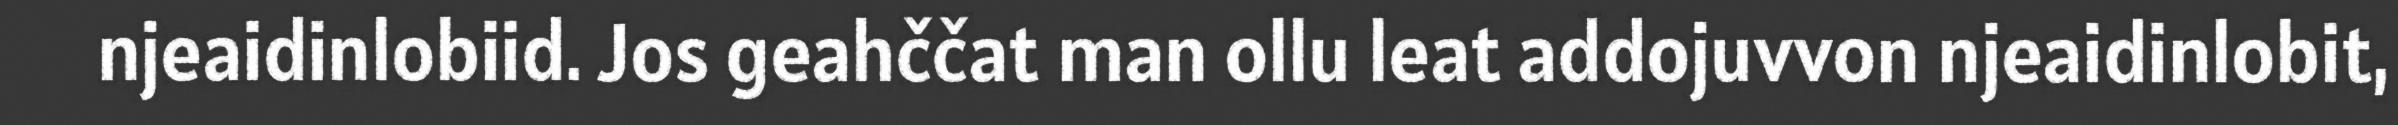
njeaidinlobiid. Jos geahččat man ollu leat addojuvvon njeaidinlobit,